Indian Medical Review
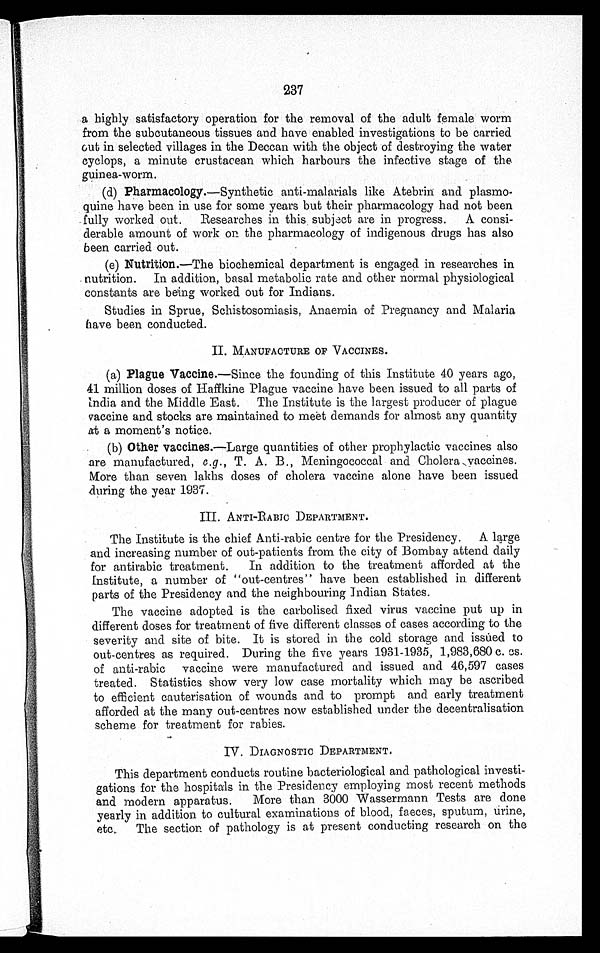
237
a highly satisfactory operation for the removal of the adult female worm
from the subcutaneous tissues and have enabled investigations to be carried
out in selected villages in the Deccan with the object of destroying the water
cyclops, a minute crustacean which harbours the infective stage of the.
guinea-worm.
(d) Pharmacology.—Synthetic anti-malarials like Atebrin and plasmo-
quine have been in use for some years but their pharmacology had not been
.fully worked out. Researches in this . subject are in progress. A. consi-
derable amount of work on the pharmacology of indigenous drugs has also
been carried out.
(e) Nutrition.—The biochemical department is engaged in researches in
nutrition. In addition, basal metabolic rate and other normal physiological
constants are being worked out for Indians.
Studies in Sprue, Schistosomiasis, Anaemia of Pregnancy and Malaria
have been conducted.
II. MANUFACTURE OF VACCINES.
(a) Plague Vaccine.—Since the founding of this Institute 40 years ago,
41 million doses of Haffkine Plague vaccine have been issued to all parts of
India and the Middle East. The Institute is the largest producer of plague
vaccine and stocks are maintained to meet demands for almost any quantity
at a moment's notice.
(b) Other vaccines.—Large quantities of other prophylactic vaccines also
are manufactured, e.g., T. A. B., Meningococcal and Cholera ,vaccines.
More than seven lakhs doses of cholera vaccine alone have been issued
.during the year 1937.
III. ANTI-RABIC DEPARTMENT.
The Institute is the chief Anti.-rabic centre for the Presidency.
A large
and increasing number of out-patients from the city of Bombay attend daily
for antirabic treatment. In addition to the treatment afforded at the
Institute, a number of "out-centres" have been established in. different
parts of the Presidency and the neighbouring Indian States.
The vaccine adopted is the carbolised fixed virus vaccine put up in
different doses for treatment of five different classes of cases according to the
severity and site of bite. It is stored in the cold storage and issued to
out-centres as required. During the five years 1931-1935, 1,983,680 c. cs.
of anti-rabic vaccine were manufactured and issued and 46,597 cases
treated. Statistics show very low case mortality which may be ascribed
to efficient cauterisation of wounds and to prompt and early treatment
afforded at the many out-centres now established under the decentralisation
scheme for treatment for rabies.
IV. DIAGNOSTIC DEPARTMENT.
This department conducts routine bacteriolog ical and pathological investi-
gations for the hospitals in the Presidency employing most recent methods
and modern apparatus. More than 3000 Wassermann Tests are done
yearly in addition to cultural examinations of blood, faeces, sputum, urine,
etc..
The section of pathology is at present conducting research on the